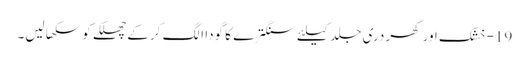
19-خشک اور کھردری جلد کیلئے سنگترے کا گودا الگ کر کے چھلکے کو سکھا لیں۔